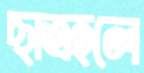
ছাত্রহলে